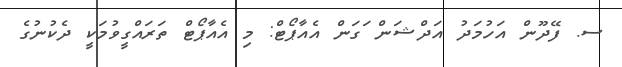
ސ. ފޭދޫން އަހުމަދު އަދްޝަން ަގަން އެއާޕޯޓް: މި އެއާޕޯޓް ތަރައްގީވުމަކީ ދެކުނުގެ